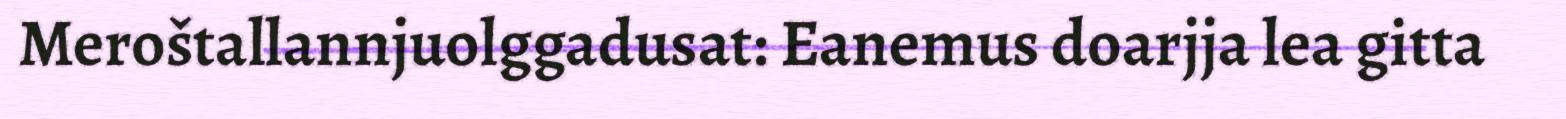
Meroštallannjuolggadusat: Eanemus doarjja lea gitta